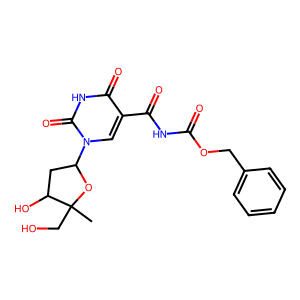
SMILES: CC1(CO)OC(n2cc(C(=O)NC(=O)OCc3ccccc3)c(=O)[nH]c2=O)CC1O
Inhibits HIV replication: No